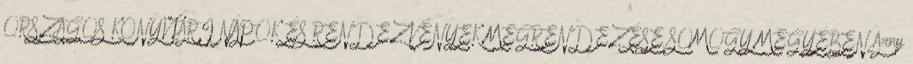
ORSZÁGOS KÖNYVTÁRI NAPOK ÉS RENDEZVÉNYEK MEGRENDEZÉSE SOMOGY MEGYÉBEN Árny